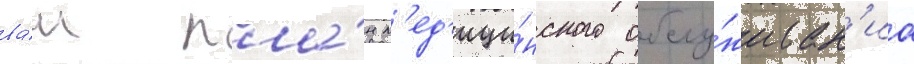
ва́ш пла́н м'ед'ици́нского обслу́живан'иа